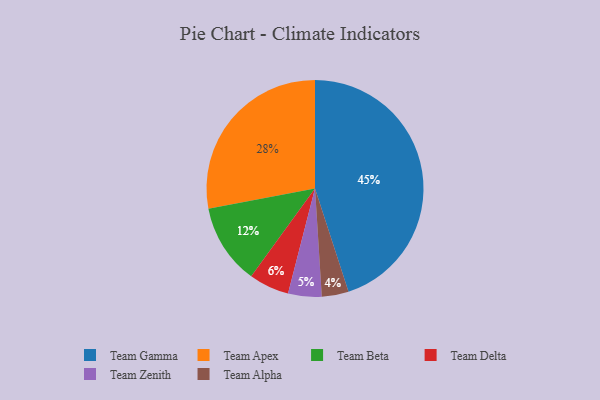
{"axis": {"x": "Category", "y": "Percentage"}, "legend": ["Team Alpha", "Team Apex", "Team Beta", "Team Delta", "Team Gamma", "Team Zenith"], "data": [{"x": "Team Gamma", "y": 45, "type": "Team Gamma"}, {"x": "Team Alpha", "y": 4, "type": "Team Alpha"}, {"x": "Team Delta", "y": 6, "type": "Team Delta"}, {"x": "Team Zenith", "y": 5, "type": "Team Zenith"}, {"x": "Team Apex", "y": 28, "type": "Team Apex"}, {"x": "Team Beta", "y": 12, "type": "Team Beta"}]}